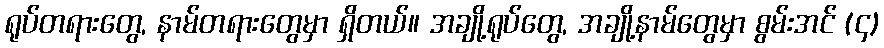
ရုပ်တရားတွေ, နာမ်တရားတွေမှာ ရှိတယ်။ အချို့ရုပ်တွေ, အချို့နာမ်တွေမှာ စွမ်းအင် (၄)